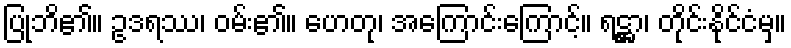
ပြုဘိ၏။ ဥဒရဿ၊ ဝမ်း၏။ ဟေတု၊ အကြောင်းကြောင့်။ ရဋ္ဌာ၊ တိုင်းနိုင်ငံမှ။